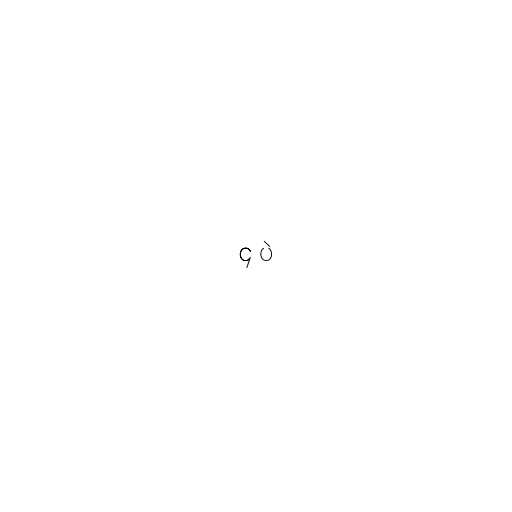
၄ ပဲ